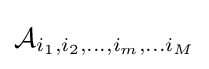
{\mathcal {A}}_{i_{1},i_{2},\dots ,i_{m},\dots i_{M}}